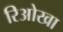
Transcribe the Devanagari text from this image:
रिओखा